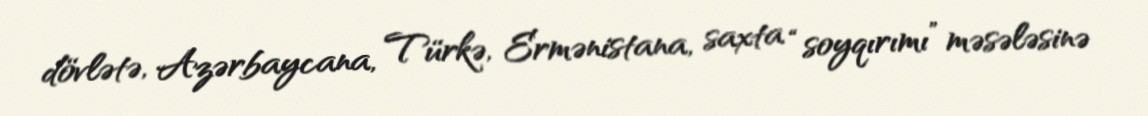
dövlətə, Azərbaycana, Türkə, Ermənistana, saxta “soyqırımı” məsələsinə